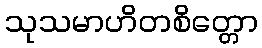
သုသမာဟိတစိတ္တော